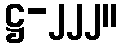
ဋ္ဌ-၂၂၂။